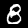
Digit: 8